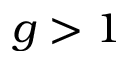
g > 1